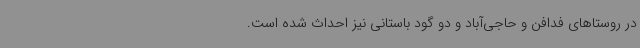
در روستاهای فدافن و حاجی‌آباد و دو گود باستانی نیز احداث شده است.